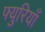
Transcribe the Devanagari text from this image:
फ्युरियाँ